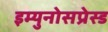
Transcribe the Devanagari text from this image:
इम्युनोसप्रेस्ड